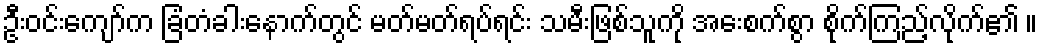
ဦးဝင်းကျော်က ခြံတံခါးနောက်တွင် မတ်မတ်ရပ်ရင်း သမီးဖြစ်သူကို အေးစက်စွာ စိုက်ကြည့်လိုက်၏ ။